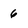
Character: 6